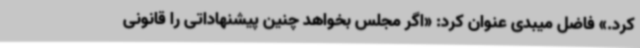
کرد.» فاضل میبدی عنوان کرد: «اگر مجلس بخواهد چنین پیشنهاداتی را قانونی